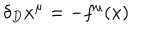
LaTeX: \delta _ { D } x ^ { \mu } = - f ^ { \mu } ( x )